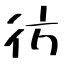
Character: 彷